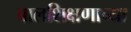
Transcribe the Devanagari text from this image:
बालशिक्षणाच्या